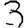
Digit: 3